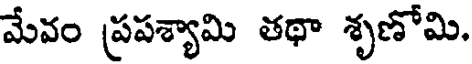
మేవం ప్రపశ్యామి తథా శృణోమి.